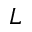
L